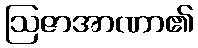
ဩဇာအာဏာ၏